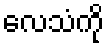
လေသံကို